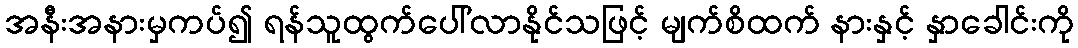
အနီးအနားမှကပ်၍ ရန်သူထွက်ပေါ်လာနိုင်သဖြင့် မျက်စိထက် နားနှင့် နှာခေါင်းကို